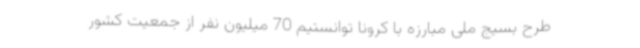
طرح بسیج ملی مبارزه با کرونا توانستیم 70 میلیون نفر از جمعیت کشور